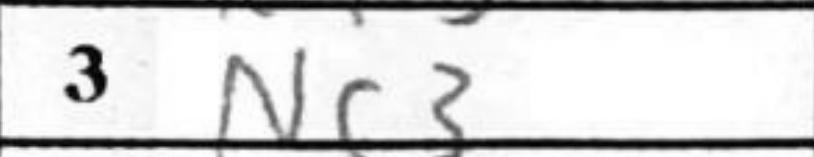
Transcription: Nc3